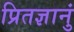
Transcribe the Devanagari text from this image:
प्रितज्ञानुं